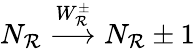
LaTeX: N_{\mathcal{R}}\stackrel{W_{\mathcal{R}}^{\pm}}{\longrightarrow}N_{\mathcal{R}}\pm1